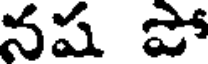
నష పో